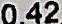
0.42